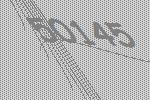
50145